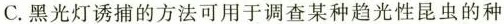
C.黑光灯诱捕的方法可用于调查某种趋光性昆虫的种